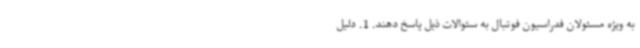
به ویژه مسئولان فدراسیون فوتبال به سئوالات ذیل پاسخ دهند. 1. دلیل